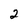
Character: 2